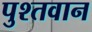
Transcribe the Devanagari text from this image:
पुश्तवान